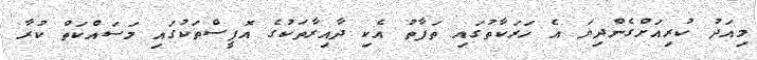
މިއަދު ކުރިއަށްގެންދިޔަ އެ ހަރަކާތުގައި ތަފާތު އެކި ދާއިރާތަކުގެ އޮފީސްތަކުގައި މަސައްކަތް ކުރާ